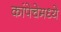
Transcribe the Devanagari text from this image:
कांपेचेमध्ये